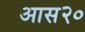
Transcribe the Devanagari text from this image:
आस२०